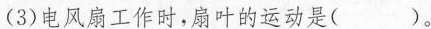
(3)电风扇工作时，扇叶的运动是()。